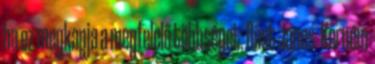
ha ez megkapja a megfelelő többséget. Röst János: Kérném